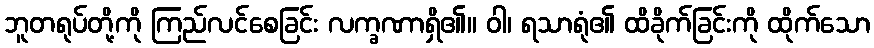
ဘူတရုပ်တို့ကို ကြည်လင်စေခြင်း လက္ခဏာရှိ၏။ ဝါ၊ ရသာရုံ၏ ထိခိုက်ခြင်းကို ထိုက်သော